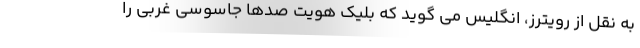
به نقل از رویترز، انگلیس می گوید که بلیک هویت صدها جاسوسی غربی را